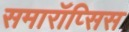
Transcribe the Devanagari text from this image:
समारॉप्सिस